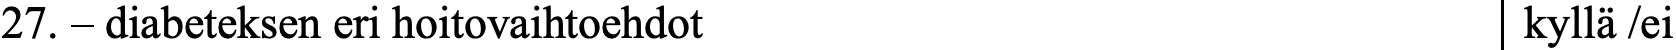
27. – diabeteksen eri hoitovaihtoehdot            kyllä /ei